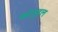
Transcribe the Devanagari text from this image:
कोतुहल